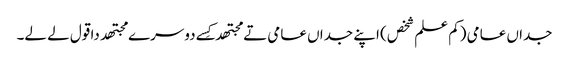
جداں عامی (کم علم شخص) اپنے جداں عامی تے مجتھدکِس‏ے دوسرے مجتھد دا قول لے لے۔